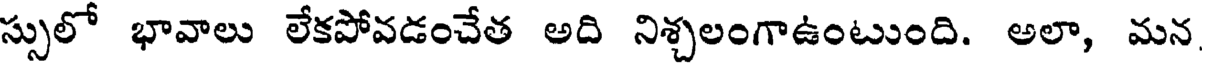
స్సులో భావాలు లేకపోవడంచేత అది నిశ్చలంగాఉంటుంది. అలా, మన